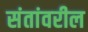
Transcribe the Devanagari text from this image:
संतांवरील